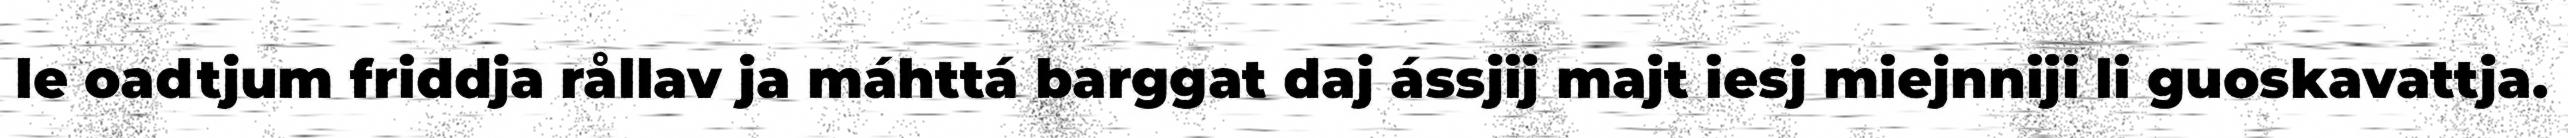
le oadtjum friddja rållav ja máhttá barggat daj ássjij majt iesj miejnniji li guoskavattja.